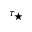
\tau _ { \star }